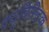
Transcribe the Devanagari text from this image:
क्यूबिस्टिक